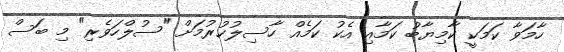
ހާމަވާ ކަމަކީ ކާމިޔާބު ކަމާއި އެކު ކަމެއް ހާސިލުކުރުމަށް "ސުލްހަވެރި" މި ބަސް